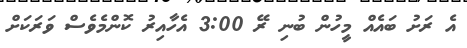
އެ ރަށު ބައެއް މީހުން ބުނި ރޭ 3:00 އެހާއިރު ކޮންމެވެސް ވަރަކަށް